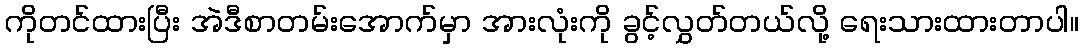
ကိုတင်ထားပြီး အဲဒီစာတမ်းအောက်မှာ အားလုံးကို ခွင့်လွှတ်တယ်လို့ ရေးသားထားတာပါ။